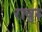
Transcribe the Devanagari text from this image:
रावुरु